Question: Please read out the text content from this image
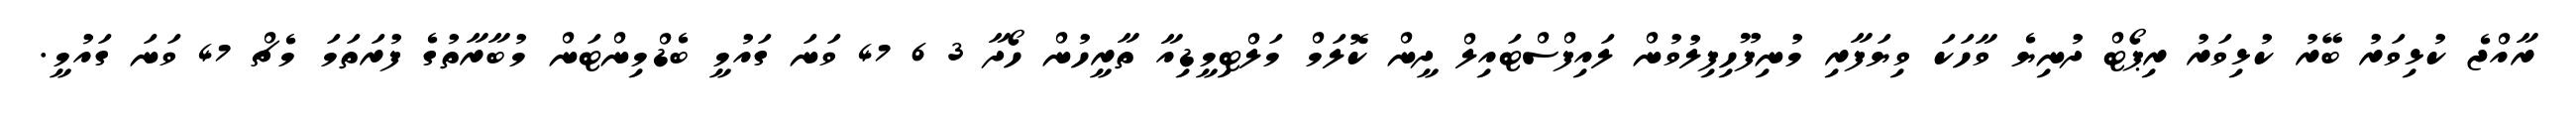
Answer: ރާއްޖެ ކުޅިވަރު ބޭރު ކުޅިވަރު ރިޕޯޓް ދުނިޔެ ވާހަކަ ވިޔަފާރި މުނިފޫހިފިލުވުން ލައިފްސްޓައިލް ދީން ކޮލަމް މަލްޓިމީޑިއާ ތާރީހުން ހޯދާ 3 6 47 ވަނަ ގައުމީ ބެޑްމިންޓަން މުބާރާތުގެ ފުރަތަމަ މެޗް 47 ވަނަ ގައުމީ.